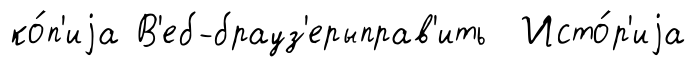
ко́п'иjа В'еб-брауз'ерыправ'ить Исто́р'иjа